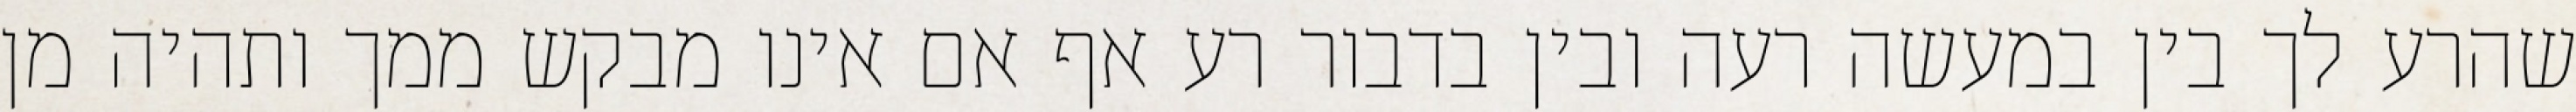
שהרע לך בין במעשה רעה ובין בדבור רע אף אם אינו מבקש ממך ותהיה מן